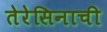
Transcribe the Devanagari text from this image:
तेरेसिनाची